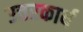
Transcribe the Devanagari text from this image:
उत्तरकार्य